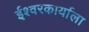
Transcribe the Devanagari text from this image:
ईश्वरकार्याला